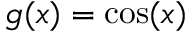
g ( x ) = \cos ( x )